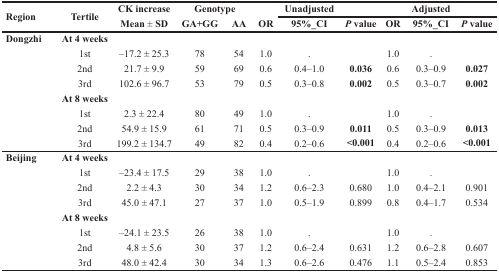
<table><thead><tr><td rowspan="2"><b>Region</b></td><td rowspan="2"><b>Tertile</b></td><td rowspan="2"><b>CK increaseMean ± SD</b></td><td rowspan="2"><b>GenotypeGA+GG</b></td><td rowspan="2"><b>AA</b></td><td rowspan="2"><b>OR</b></td><td><b>Unadjusted</b></td><td></td><td></td><td><b>Adjusted</b></td><td></td></tr><tr><td><b>95%_CI</b></td><td><b><i>P</i> value</b></td><td><b>OR</b></td><td><b>95%_CI</b></td><td><b><i>P</i> value</b></td></tr></thead><tbody><tr><td><b>Dongzhi</b></td><td><b>At 4 weeks</b></td><td></td><td></td><td></td><td></td><td></td><td></td><td></td><td></td><td></td></tr><tr><td></td><td>1st</td><td>–17.2 ± 25.3</td><td>78</td><td>54</td><td>1.0</td><td>.</td><td></td><td>1.0</td><td>.</td><td></td></tr><tr><td></td><td>2nd</td><td>21.7 ± 9.9</td><td>59</td><td>69</td><td>0.6</td><td>0.4–1.0</td><td><b>0.036</b></td><td>0.6</td><td>0.3–0.9</td><td><b>0.027</b></td></tr><tr><td></td><td>3rd</td><td>102.6 ± 96.7</td><td>53</td><td>79</td><td>0.5</td><td>0.3–0.8</td><td><b>0.002</b></td><td>0.5</td><td>0.3–0.7</td><td><b>0.002</b></td></tr><tr><td></td><td><b>At 8 weeks</b></td><td></td><td></td><td></td><td></td><td></td><td></td><td></td><td></td><td></td></tr><tr><td></td><td>1st</td><td>2.3 ± 22.4</td><td>80</td><td>49</td><td>1.0</td><td>.</td><td></td><td>1.0</td><td>.</td><td></td></tr><tr><td></td><td>2nd</td><td>54.9 ± 15.9</td><td>61</td><td>71</td><td>0.5</td><td>0.3–0.9</td><td><b>0.011</b></td><td>0.5</td><td>0.3–0.9</td><td><b>0.013</b></td></tr><tr><td></td><td>3rd</td><td>199.2 ± 134.7</td><td>49</td><td>82</td><td>0.4</td><td>0.2–0.6</td><td><b>&lt;0.001</b></td><td>0.4</td><td>0.2–0.6</td><td><b>&lt;0.001</b></td></tr><tr><td><b>Beijing</b></td><td><b>At 4 weeks</b></td><td></td><td></td><td></td><td></td><td></td><td></td><td></td><td></td><td></td></tr><tr><td></td><td>1st</td><td>–23.4 ± 17.5</td><td>29</td><td>38</td><td>1.0</td><td>.</td><td></td><td>1.0</td><td>.</td><td></td></tr><tr><td></td><td>2nd</td><td>2.2 ± 4.3</td><td>30</td><td>34</td><td>1.2</td><td>0.6–2.3</td><td>0.680</td><td>1.0</td><td>0.4–2.1</td><td>0.901</td></tr><tr><td></td><td>3rd</td><td>45.0 ± 47.1</td><td>27</td><td>37</td><td>1.0</td><td>0.5–1.9</td><td>0.899</td><td>0.8</td><td>0.4–1.7</td><td>0.534</td></tr><tr><td></td><td><b>At 8 weeks</b></td><td></td><td></td><td></td><td></td><td></td><td></td><td></td><td></td><td></td></tr><tr><td></td><td>1st</td><td>–24.1 ± 23.5</td><td>26</td><td>38</td><td>1.0</td><td>.</td><td></td><td>1.0</td><td>.</td><td></td></tr><tr><td></td><td>2nd</td><td>4.8 ± 5.6</td><td>30</td><td>37</td><td>1.2</td><td>0.6–2.4</td><td>0.631</td><td>1.2</td><td>0.6–2.8</td><td>0.607</td></tr><tr><td></td><td>3rd</td><td>48.0 ± 42.4</td><td>30</td><td>34</td><td>1.3</td><td>0.6–2.6</td><td>0.476</td><td>1.1</td><td>0.5–2.4</td><td>0.853</td></tr></tbody></table>